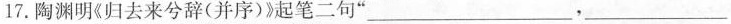
17.陶渊明《归去来兮辞(并序)》起笔二句”___，__